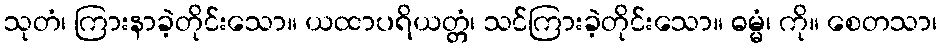
သုတံ၊ ကြားနာခဲ့တိုင်းသော။ ယထာပရိယတ္တံ၊ သင်ကြားခဲ့တိုင်းသော။ ဓမ္မံ၊ ကို။ စေတသာ၊